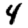
Digit: 4